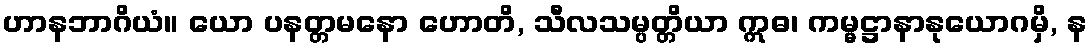
ဟာနဘာဂိယံ။ ယော ပနတ္တမနော ဟောတိ, သီလသမ္ပတ္တိယာ ဣဓ၊ ကမ္မဋ္ဌာနာနုယောဂမှိ, န